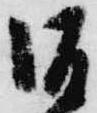
坂